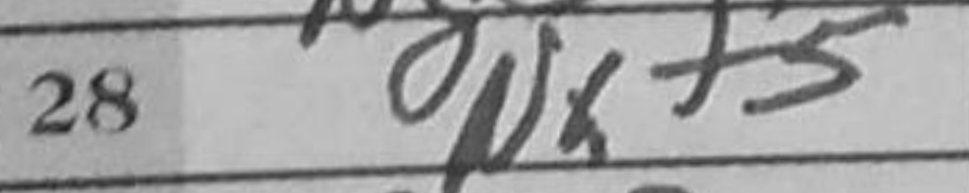
Transcription: Nxf5